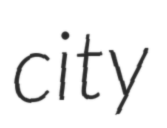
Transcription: city